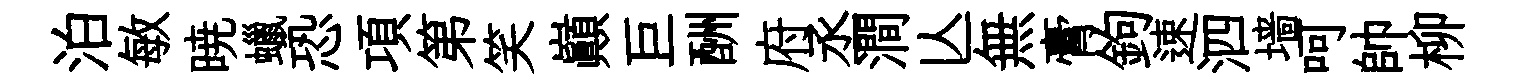
泊敏暁蠟恐項第笑巔巨酬府丞澗亾無膏鉤速泗墙呵帥柳